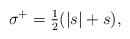
LaTeX: \begin{align*}\sigma^+=\tfrac12(|s|+s),\end{align*}